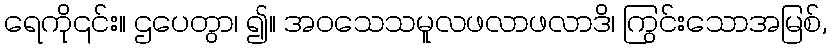
ရေကို၎င်း။ ဌပေတွာ၊ ၍။ အဝသေသမူလဖလာဖလာဒိ၊ ကြွင်းသောအမြစ်,